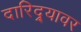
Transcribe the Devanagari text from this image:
दारिद्र्यावर